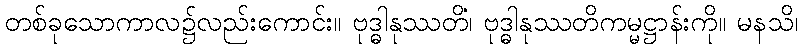
တစ်ခုသောကာလ၌လည်းကောင်း။ ဗုဒ္ဓါနုဿတိံ၊ ဗုဒ္ဓါနုဿတိကမ္မဋ္ဌာန်းကို။ မနသိ၊